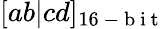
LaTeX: [ab|cd]_{16\mathrm{~-~b~i~t~}}